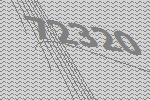
72320